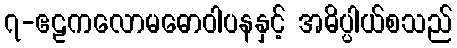
၇-ဧဠကလောမဓောဝါပနနှင့် အဓိပ္ပါယ်စသည်